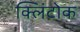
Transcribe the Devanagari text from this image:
क्लिंटोक